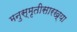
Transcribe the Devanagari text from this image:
मनुस्मृतीसारख्या